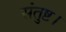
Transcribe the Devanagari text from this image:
संतुष्ट।